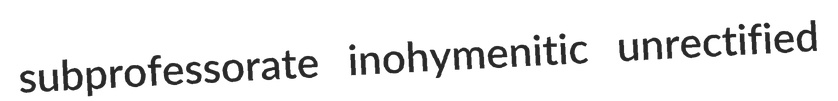
subprofessorate inohymenitic unrectified